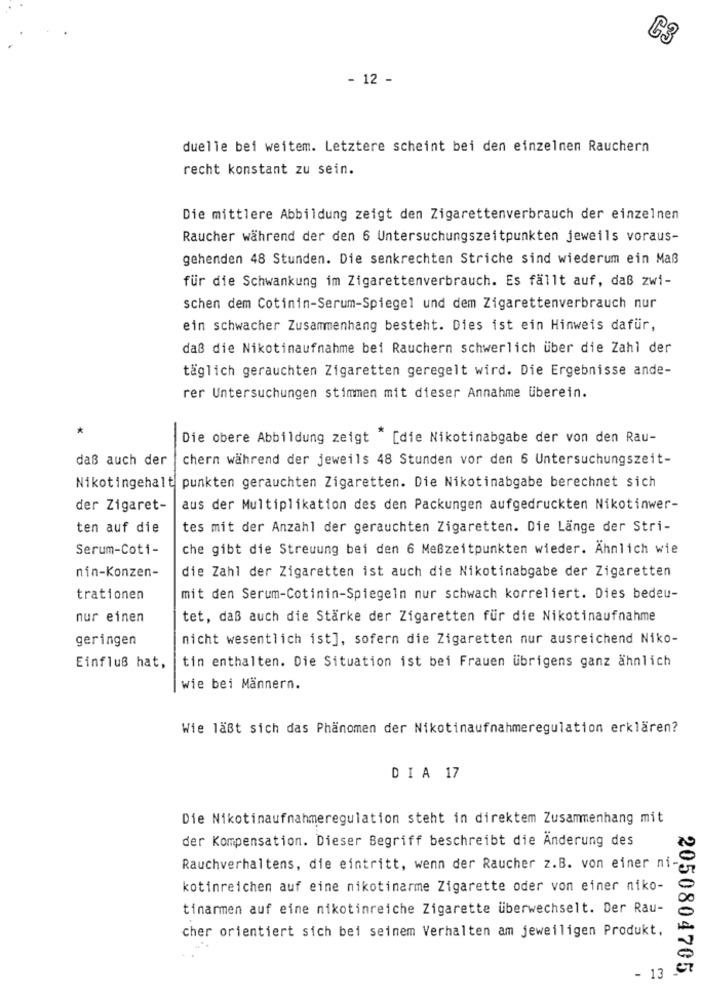
C3
- 12 -
duelle bei weitem. Letztere scheint bei den einzelnen Rauchern
recht konstant zu sein.
Die mittlere Abbildung zeigt den Zigarettenverbrauch der einzelnen
Raucher während der den 6 Untersuchungszeitpunkten jeweils voraus-
gehenden 48 Stunden. Die senkrechten Striche sind wiederum ein Maß
für die Schwankung im Zigarettenverbrauch. Es fällt auf, daß zwi-
schen dem Cotinin-Serum-Spiegel und dem Zigarettenverbrauch nur
ein schwacher Zusammenhang besteht. Dies ist ein Hinweis dafür,
daß die Nikotinaufnahme bei Rauchern schwerlich über die Zahl der
täglich gerauchten Zigaretten geregelt wird. Die Ergebnisse ande-
rer Untersuchungen stimmen mit dieser Annahme überein.
*
Die obere Abbildung zeigt "[die Nikotinabgabe der von den Rau-
daß auch der
chern während der jeweils 48 Stunden vor den 6 Untersuchungszeit-
Nikotingehalt punkten gerauchten Zigaretten. Die Nikotinabgabe berechnet sich
der Zigaret-
aus der Multiplikation des den Packungen aufgedruckten Nikotinwer-
ten auf die
tes mit der Anzahl der gerauchten Zigaretten. Die Länge der Stri-
Serum-Coti-
che gibt die Streuung bei den 6 Meßzeitpunkten wieder. Ähnlich wie
die Zahl der Zigaretten ist auch die Nikotinabgabe der Zigaretten
nin-Konzen-
trationen
mit den Serum-Cotinin-Spiegeln nur schwach korreliert. Dies bedeu-
nur einen
tet, daß auch die Stärke der Zigaretten für die Nikotinaufnahme
geringen
nicht wesentlich ist], sofern die Zigaretten nur ausreichend Niko-
tin enthalten. Die Situation ist bei Frauen übrigens ganz ähnlich
Einfluß hat,
wie bei Männern.
Wie läßt sich das Phänomen der Nikotinaufnahmeregulation erklären?
DIA 17
Die Nikotinaufnahmeregulation steht in direktem Zusammenhang mit
der Kompensation. Dieser Begriff beschreibt die Änderung des
Rauchverhaltens, die eintritt, wenn der Raucher z.B. von einer ni-
kotinreichen auf eine nikotinarme Zigarette oder von einer niko-
tinarmen auf eine nikotinreiche Zigarette überwechselt. Der Rau-
cher orientiert sich bei seinem Verhalten am jeweiligen Produkt,
2050804705.
- 13